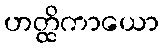
ဟတ္ထိကာယော